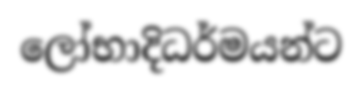
ලෝභාදිධර්මයන්ට